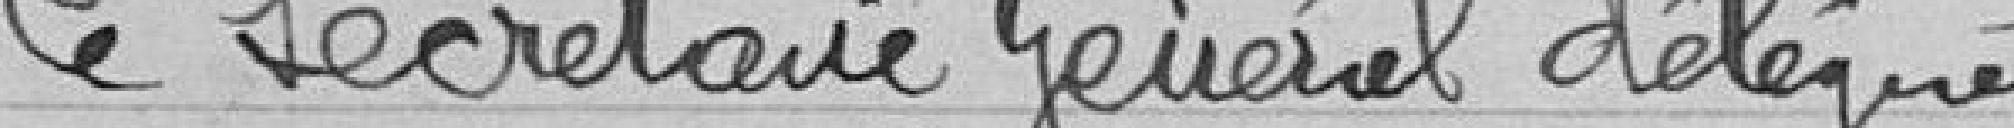
Le Secrétaire Général délégué